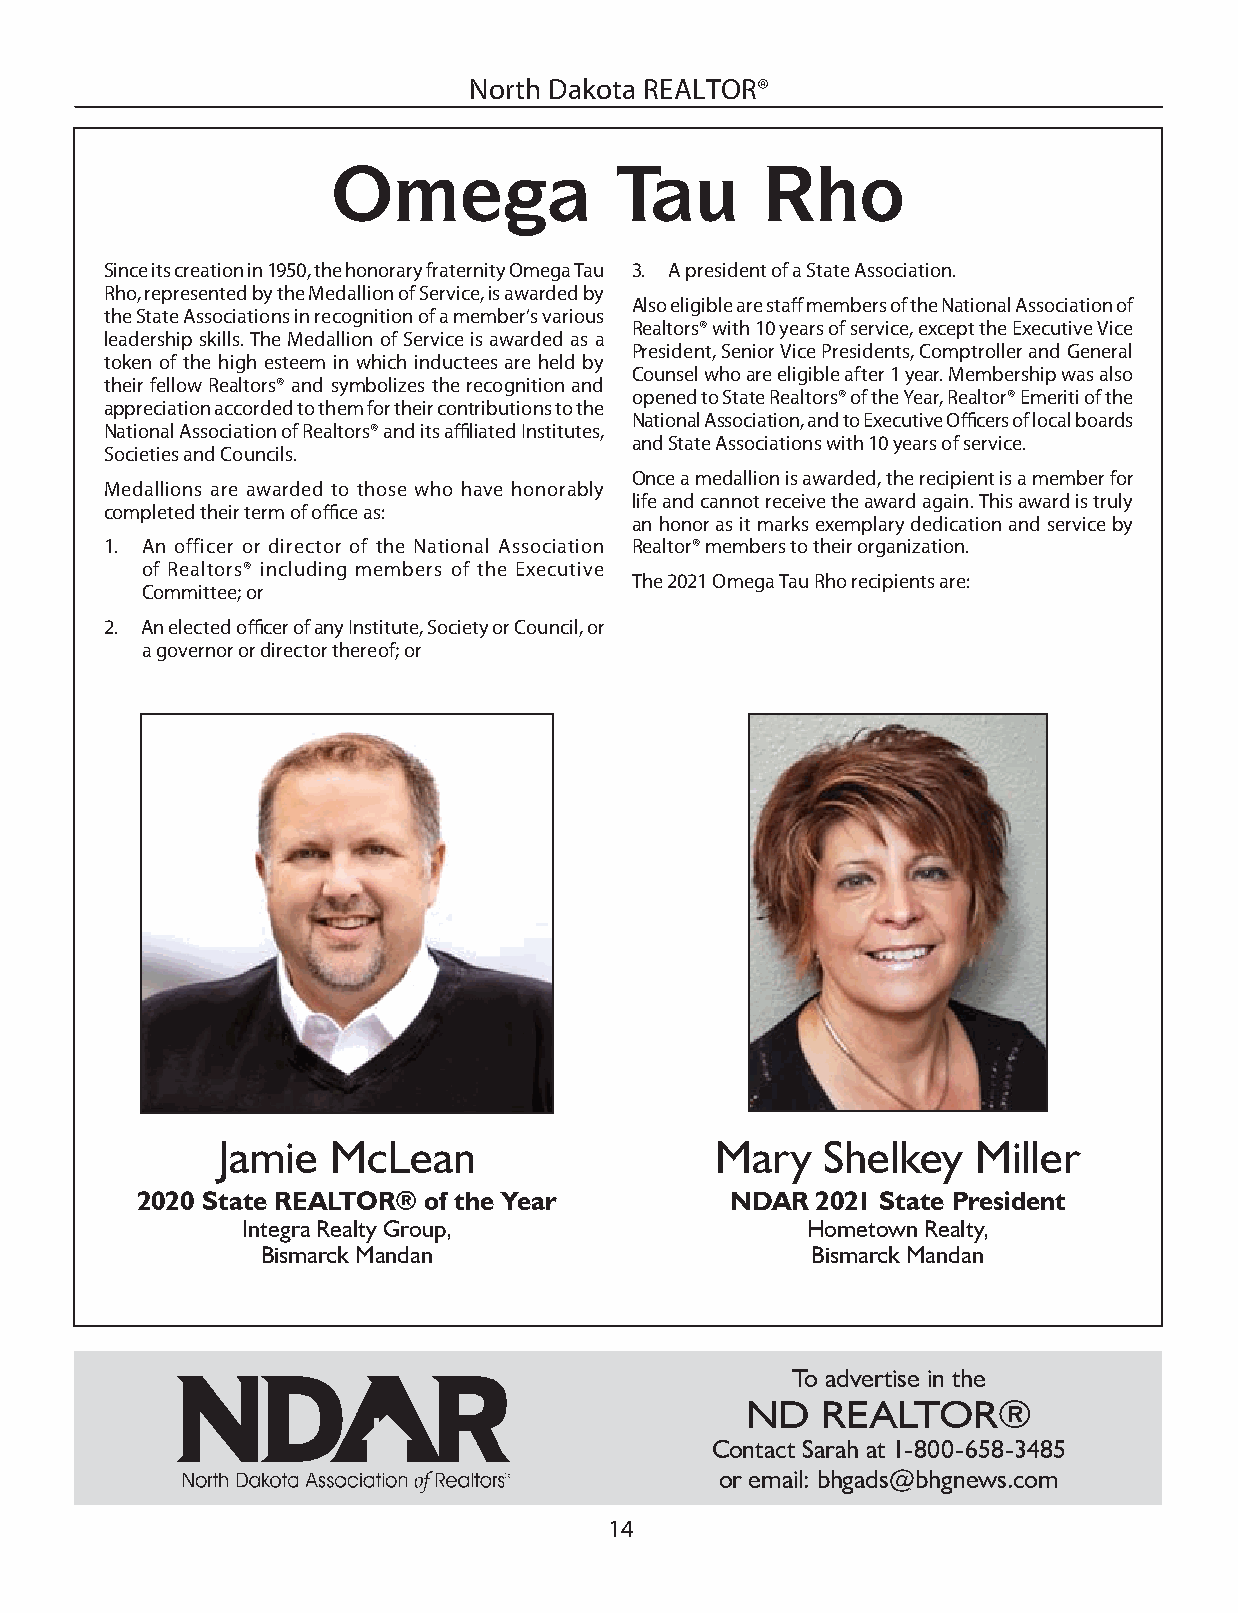
North Dakota REALTOR®
 Omega              Tau      Rho
 Since its creation in 1950, the honorary fraternity Omega Tau 3. A president of a State Association.
 Rho, represented by the Medallion of Service, is awarded by
 Also eligible are staff members of the National Association of
 the State Associations in recognition of a member’s various
 Realtors® with 10 years of service, except the Executive Vice
 leadership skills. The Medallion of Service is awarded as a
 President, Senior Vice Presidents, Comptroller and General
 token of the high esteem in which inductees are held by
 Counsel who are eligible after 1 year. Membership was also
 their fellow Realtors® and symbolizes the recognition and
 opened to State Realtors® of the Year, Realtor® Emeriti of the
 appreciation accorded to them for their contributions to the
 National Association, and to Executive Offi cers of local boards
 National Association of Realtors® and its affi liated Institutes,
 and State Associations with 10 years of service.
 Societies and Councils.
 Once a medallion is awarded, the recipient is a member for
 Medallions are awarded to those who have honorably
 life and cannot receive the award again. This award is truly
 completed their term of offi ce as:
 an honor as it marks exemplary dedication and service by
 1. An officer or director of the National Association Realtor® members to their organization.
 of Realtors® including members of the Executive
 The 2021 Omega Tau Rho recipients are:
 Committee; or
 2. An elected offi cer of any Institute, Society or Council, or
 a governor or director thereof; or
 Jamie   McLean                   Mary    Shelkey   Miller
 2020 State REALTOR® of the Year        NDAR  2021 State President
 Integra Realty Group,                Hometown Realty,
 Bismarck Mandan                      Bismarck Mandan
 To advertise in the
 ND   REALTOR®
 Contact Sarah at 1-800-658-3485
 or email: bhgads@bhgnews.com
 14